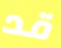
قد